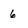
Character: 6